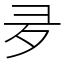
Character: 夛